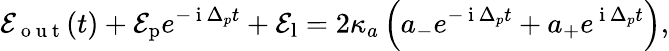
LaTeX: \mathcal{E}_{\mathrm{~o~u~t~}}(t)+\mathcal{E}_{\mathrm{p}}e^{-\mathrm{~i~}\Delta_{p}t}+\mathcal{E}_{\mathrm{l}}=2\kappa_{a}\left(a_{-}e^{-\mathrm{~i~}\Delta_{p}t}+a_{+}e^{\mathrm{~i~}\Delta_{p}t}\right),